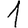
Digit: 1